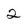
Character: 2